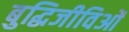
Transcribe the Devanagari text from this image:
बुद्धिजीविओं